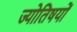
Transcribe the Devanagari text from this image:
ज्योतिषयों